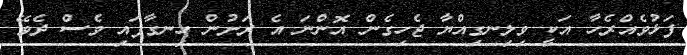
ފަޅުވެއްރެހާ އަކީ ވިލިނގިއްޔާ ޖެހިގެން އޮންނަ އެ ރަށުން ހިނގާފައި ވެސް ދެވޭ